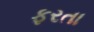
ફરતા